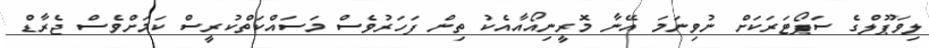
ލިވަޕޫލްގެ ސަޕޯޓަރަކަށް ނުވިނަމަ އޭނާ މޮރީނިއޯއާއެކު ތިން ފަހަރުވެސް މަސައްކަތްކުރީސް ކަމަށްވެސް ޖެރާޑް